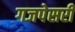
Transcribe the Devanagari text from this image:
गजपेसरी